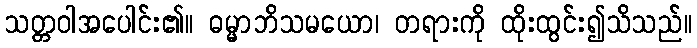
သတ္တဝါအပေါင်း၏။ ဓမ္မာဘိသမယော၊ တရားကို ထိုးထွင်း၍သိသည်။